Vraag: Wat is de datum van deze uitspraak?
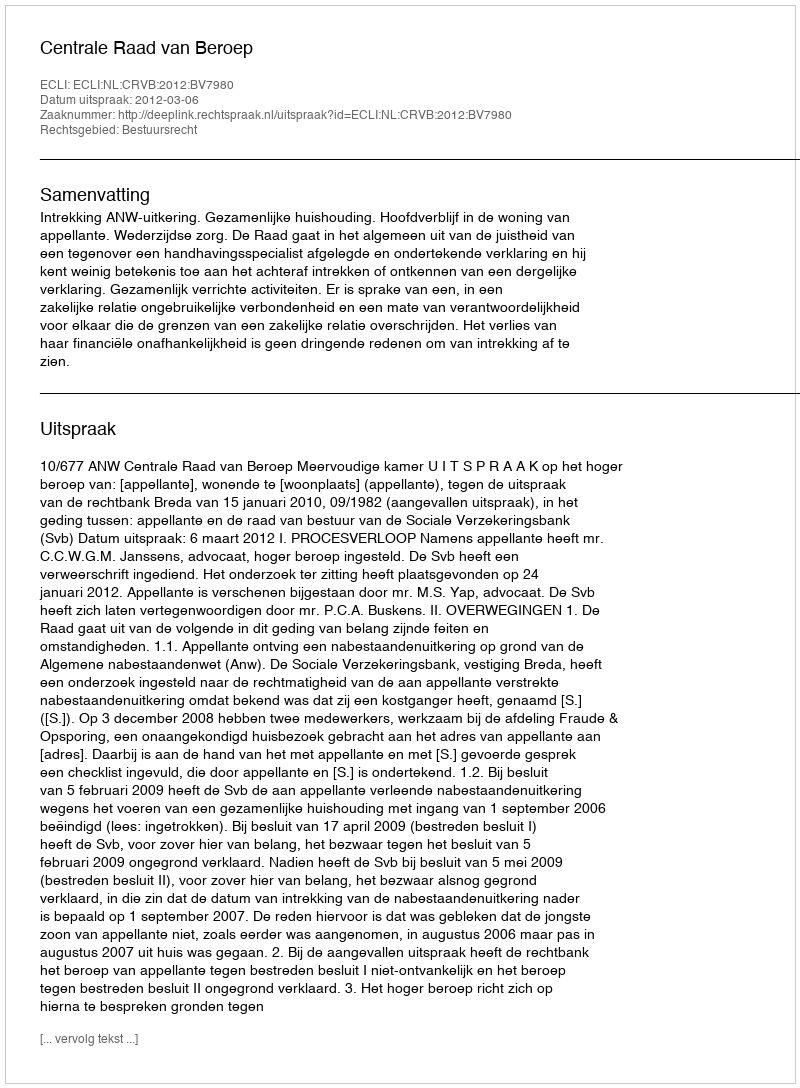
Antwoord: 2012-03-06